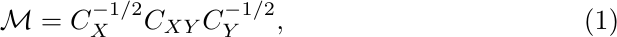
\begin{equation} \label{eq:CorrOper}
   \mathcal{M} = C_X^{-1/2} C_{XY} C_Y^{-1/2},
\end{equation}